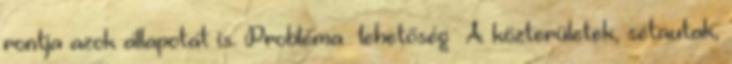
rontja azok állapotát is. Probléma lehetőség ▪A közterületek, sétautak,